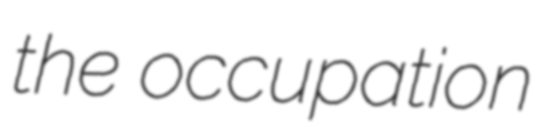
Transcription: the occupation